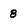
Character: 8